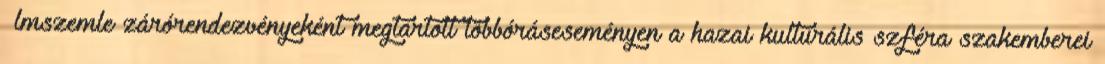
ﬁlmszemle zárórendezvényeként megtartott többóráseseményen a hazai kulturális szféra szakemberei